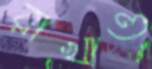
রাখাও